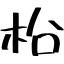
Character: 柗